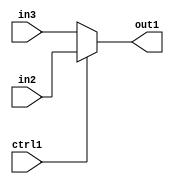
`timescale 1ps / 1ps
/*****************************************************************************
    Verilog RTL Description
    
    
    Created by: Stratus DpOpt 2019.1.01 
*******************************************************************************/

module SobelFilter_N_Muxb_1_2_6_4 (
	in3,
	in2,
	ctrl1,
	out1
	); /* architecture "behavioural" */ 
input  in3,
	in2,
	ctrl1;
output  out1;
wire  asc001;

reg [0:0] asc001_tmp_0;
assign asc001 = asc001_tmp_0;
always @ (ctrl1 or in2 or in3) begin
	case (ctrl1)
		1'B1 : asc001_tmp_0 = in2 ;
		default : asc001_tmp_0 = in3 ;
	endcase
end

assign out1 = asc001;
endmodule

/* CADENCE  uLPxQw0= : u9/ySgnWtBlWxVPRXgAZ4Og= ** DO NOT EDIT THIS LINE ******/